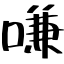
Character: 嗛